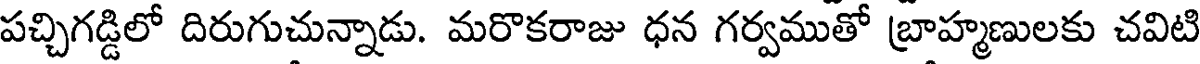
పచ్చిగడ్డిలో దిరుగుచున్నాడు. మరొకరాజు ధన గర్వముతో బ్రాహ్మణులకు చవిటి